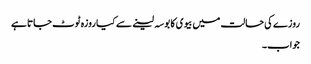
روزے کی حالت میں بیوی کا بوسہ لینے سے کیا روزہ ٹوٹ جاتا ہے
جواب۔